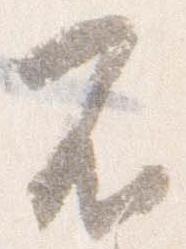
不